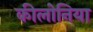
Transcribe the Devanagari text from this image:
कीलोनिया